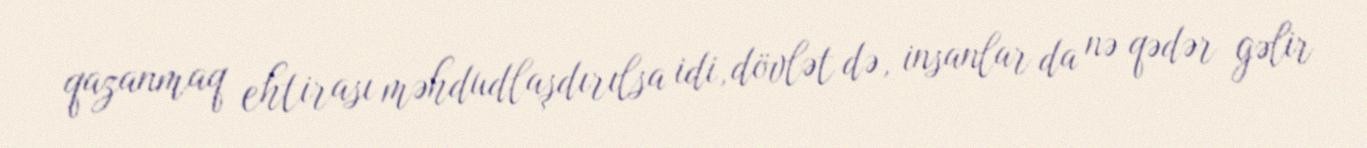
qazanmaq ehtirası məhdudlaşdırılsa idi, dövlət də, insanlar da nə qədər gəlir